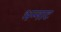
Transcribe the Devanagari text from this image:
भन्‍नाट